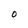
Character: O